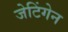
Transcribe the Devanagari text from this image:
जेटिंगेन